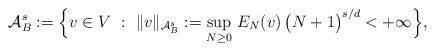
\begin{align*} \mathcal{A}_B^s:= { \Big\{ v \in V \ : \ \Vert v \Vert_{{\mathcal A}^{s}_B}:= \sup_{N \geq 0} \, E_N(v) \, \big(N+1\big)^{s/d} < +\infty \Big\}},\end{align*}